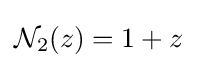
{\mathcal {N}}_{2}(z)=1+z